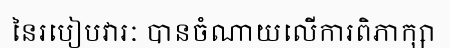
នៃរបៀបវារៈ បានចំណាយលើការពិភាក្សា